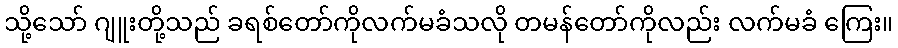
သို့သော် ဂျူးတို့သည် ခရစ်တော်ကိုလက်မခံသလို တမန်တော်ကိုလည်း လက်မခံ ကြေး။